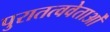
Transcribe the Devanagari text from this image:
पुरातत्ववेताओं